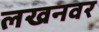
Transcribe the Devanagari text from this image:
लखनवर